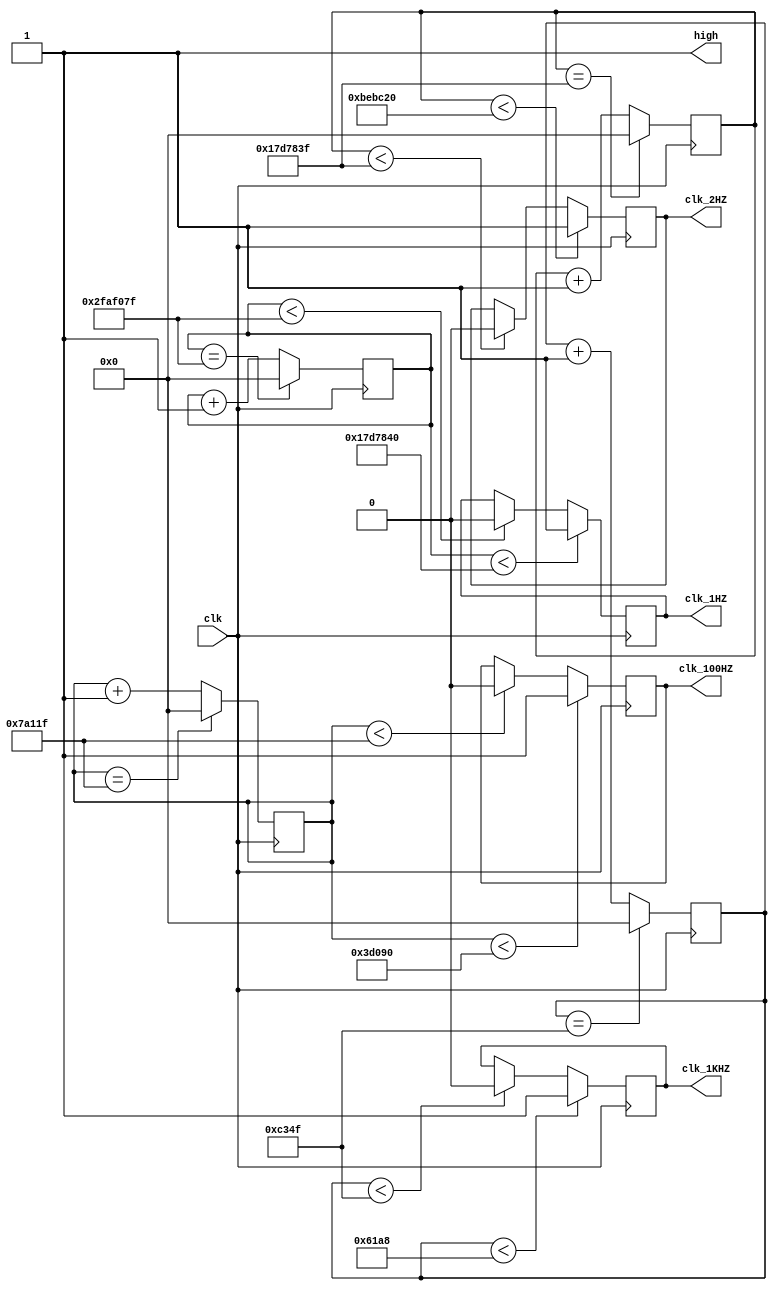
module fenpin (clk,clk_1HZ,clk_2HZ,clk_100HZ,clk_1KHZ,high);
input clk;
output clk_1HZ,clk_2HZ,clk_100HZ,clk_1KHZ,high;
reg clk_1HZ,clk_2HZ,clk_100HZ,clk_1KHZ,high;
reg[26:0] count1=0,count2=0,count3=0,count4=0;
always@(*)
begin
	high<=1;
end

always@(posedge clk)
begin 
        count1<=count1+1;

        if(count1<25000000)
                clk_1HZ<=1;
        else if(count1<49999999)
                clk_1HZ<=0;
        if(count1==49999999)
                count1<=0;
            
        count2<=count2+1;
        
        if(count2<12500000)
                clk_2HZ<=1;
        else if(count2<24999999)
                clk_2HZ<=0;  
        if(count2==24999999)
                count2<=0;
            
        count3<=count3+1;

        if(count3<250000)
                clk_100HZ<=1;
        else if(count3<499999)
                clk_100HZ<=0;  
        if(count3==499999)
                count3<=0;
                
        count4<=count4+1;

        if(count4<25000)
                clk_1KHZ<=1;
        else if(count4<49999)
                clk_1KHZ<=0;  
        if(count4==49999)
                count4<=0;

end
endmodule